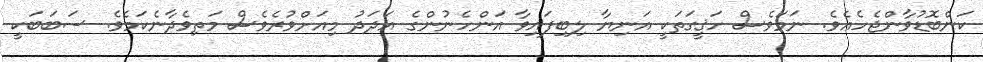
ކަންބޮޑުވާންޖެހެއެވެ. ނަމަވެސް ހަޤީގަތަކީ އަނިޔާ ލިބިފައިވާ އަންހެނުންގެ އަދަދު މިއަށްވުރެވެސް މަތިވެދާނެކަމެވެ. ސަބަބަކީ